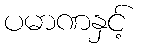
ပမာဏနှင့်